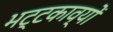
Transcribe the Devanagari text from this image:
भट्टकाव्यों